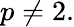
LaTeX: p\neq 2.